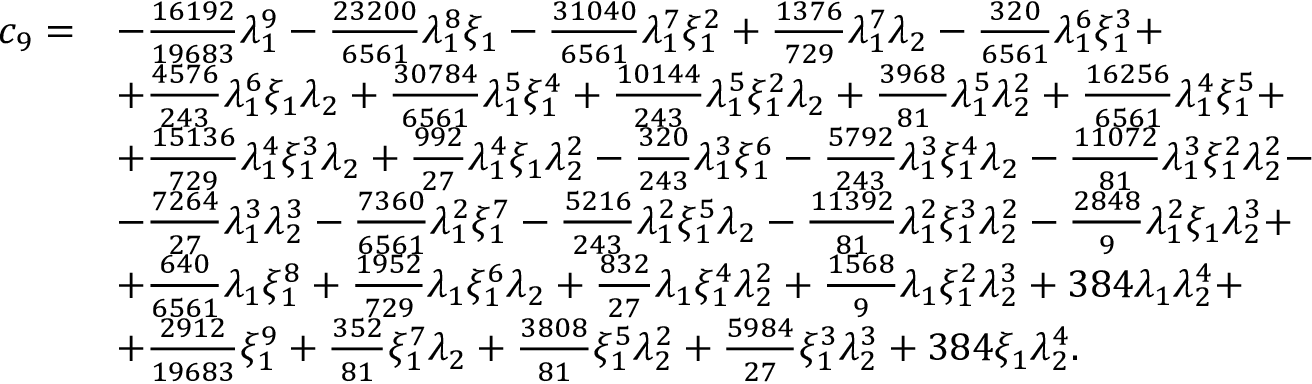
\begin{array} { r l } { c _ { 9 } = } & { - \frac { 1 6 1 9 2 } { 1 9 6 8 3 } \lambda _ { 1 } ^ { 9 } - \frac { 2 3 2 0 0 } { 6 5 6 1 } \lambda _ { 1 } ^ { 8 } \xi _ { 1 } - \frac { 3 1 0 4 0 } { 6 5 6 1 } \lambda _ { 1 } ^ { 7 } \xi _ { 1 } ^ { 2 } + \frac { 1 3 7 6 } { 7 2 9 } \lambda _ { 1 } ^ { 7 } \lambda _ { 2 } - \frac { 3 2 0 } { 6 5 6 1 } \lambda _ { 1 } ^ { 6 } \xi _ { 1 } ^ { 3 } + } \\ & { + \frac { 4 5 7 6 } { 2 4 3 } \lambda _ { 1 } ^ { 6 } \xi _ { 1 } \lambda _ { 2 } + \frac { 3 0 7 8 4 } { 6 5 6 1 } \lambda _ { 1 } ^ { 5 } \xi _ { 1 } ^ { 4 } + \frac { 1 0 1 4 4 } { 2 4 3 } \lambda _ { 1 } ^ { 5 } \xi _ { 1 } ^ { 2 } \lambda _ { 2 } + \frac { 3 9 6 8 } { 8 1 } \lambda _ { 1 } ^ { 5 } \lambda _ { 2 } ^ { 2 } + \frac { 1 6 2 5 6 } { 6 5 6 1 } \lambda _ { 1 } ^ { 4 } \xi _ { 1 } ^ { 5 } + } \\ & { + \frac { 1 5 1 3 6 } { 7 2 9 } \lambda _ { 1 } ^ { 4 } \xi _ { 1 } ^ { 3 } \lambda _ { 2 } + \frac { 9 9 2 } { 2 7 } \lambda _ { 1 } ^ { 4 } \xi _ { 1 } \lambda _ { 2 } ^ { 2 } - \frac { 3 2 0 } { 2 4 3 } \lambda _ { 1 } ^ { 3 } \xi _ { 1 } ^ { 6 } - \frac { 5 7 9 2 } { 2 4 3 } \lambda _ { 1 } ^ { 3 } \xi _ { 1 } ^ { 4 } \lambda _ { 2 } - \frac { 1 1 0 7 2 } { 8 1 } \lambda _ { 1 } ^ { 3 } \xi _ { 1 } ^ { 2 } \lambda _ { 2 } ^ { 2 } - } \\ & { - \frac { 7 2 6 4 } { 2 7 } \lambda _ { 1 } ^ { 3 } \lambda _ { 2 } ^ { 3 } - \frac { 7 3 6 0 } { 6 5 6 1 } \lambda _ { 1 } ^ { 2 } \xi _ { 1 } ^ { 7 } - \frac { 5 2 1 6 } { 2 4 3 } \lambda _ { 1 } ^ { 2 } \xi _ { 1 } ^ { 5 } \lambda _ { 2 } - \frac { 1 1 3 9 2 } { 8 1 } \lambda _ { 1 } ^ { 2 } \xi _ { 1 } ^ { 3 } \lambda _ { 2 } ^ { 2 } - \frac { 2 8 4 8 } { 9 } \lambda _ { 1 } ^ { 2 } \xi _ { 1 } \lambda _ { 2 } ^ { 3 } + } \\ & { + \frac { 6 4 0 } { 6 5 6 1 } \lambda _ { 1 } \xi _ { 1 } ^ { 8 } + \frac { 1 9 5 2 } { 7 2 9 } \lambda _ { 1 } \xi _ { 1 } ^ { 6 } \lambda _ { 2 } + \frac { 8 3 2 } { 2 7 } \lambda _ { 1 } \xi _ { 1 } ^ { 4 } \lambda _ { 2 } ^ { 2 } + \frac { 1 5 6 8 } { 9 } \lambda _ { 1 } \xi _ { 1 } ^ { 2 } \lambda _ { 2 } ^ { 3 } + 3 8 4 \lambda _ { 1 } \lambda _ { 2 } ^ { 4 } + } \\ & { + \frac { 2 9 1 2 } { 1 9 6 8 3 } \xi _ { 1 } ^ { 9 } + \frac { 3 5 2 } { 8 1 } \xi _ { 1 } ^ { 7 } \lambda _ { 2 } + \frac { 3 8 0 8 } { 8 1 } \xi _ { 1 } ^ { 5 } \lambda _ { 2 } ^ { 2 } + \frac { 5 9 8 4 } { 2 7 } \xi _ { 1 } ^ { 3 } \lambda _ { 2 } ^ { 3 } + 3 8 4 \xi _ { 1 } \lambda _ { 2 } ^ { 4 } . } \end{array}